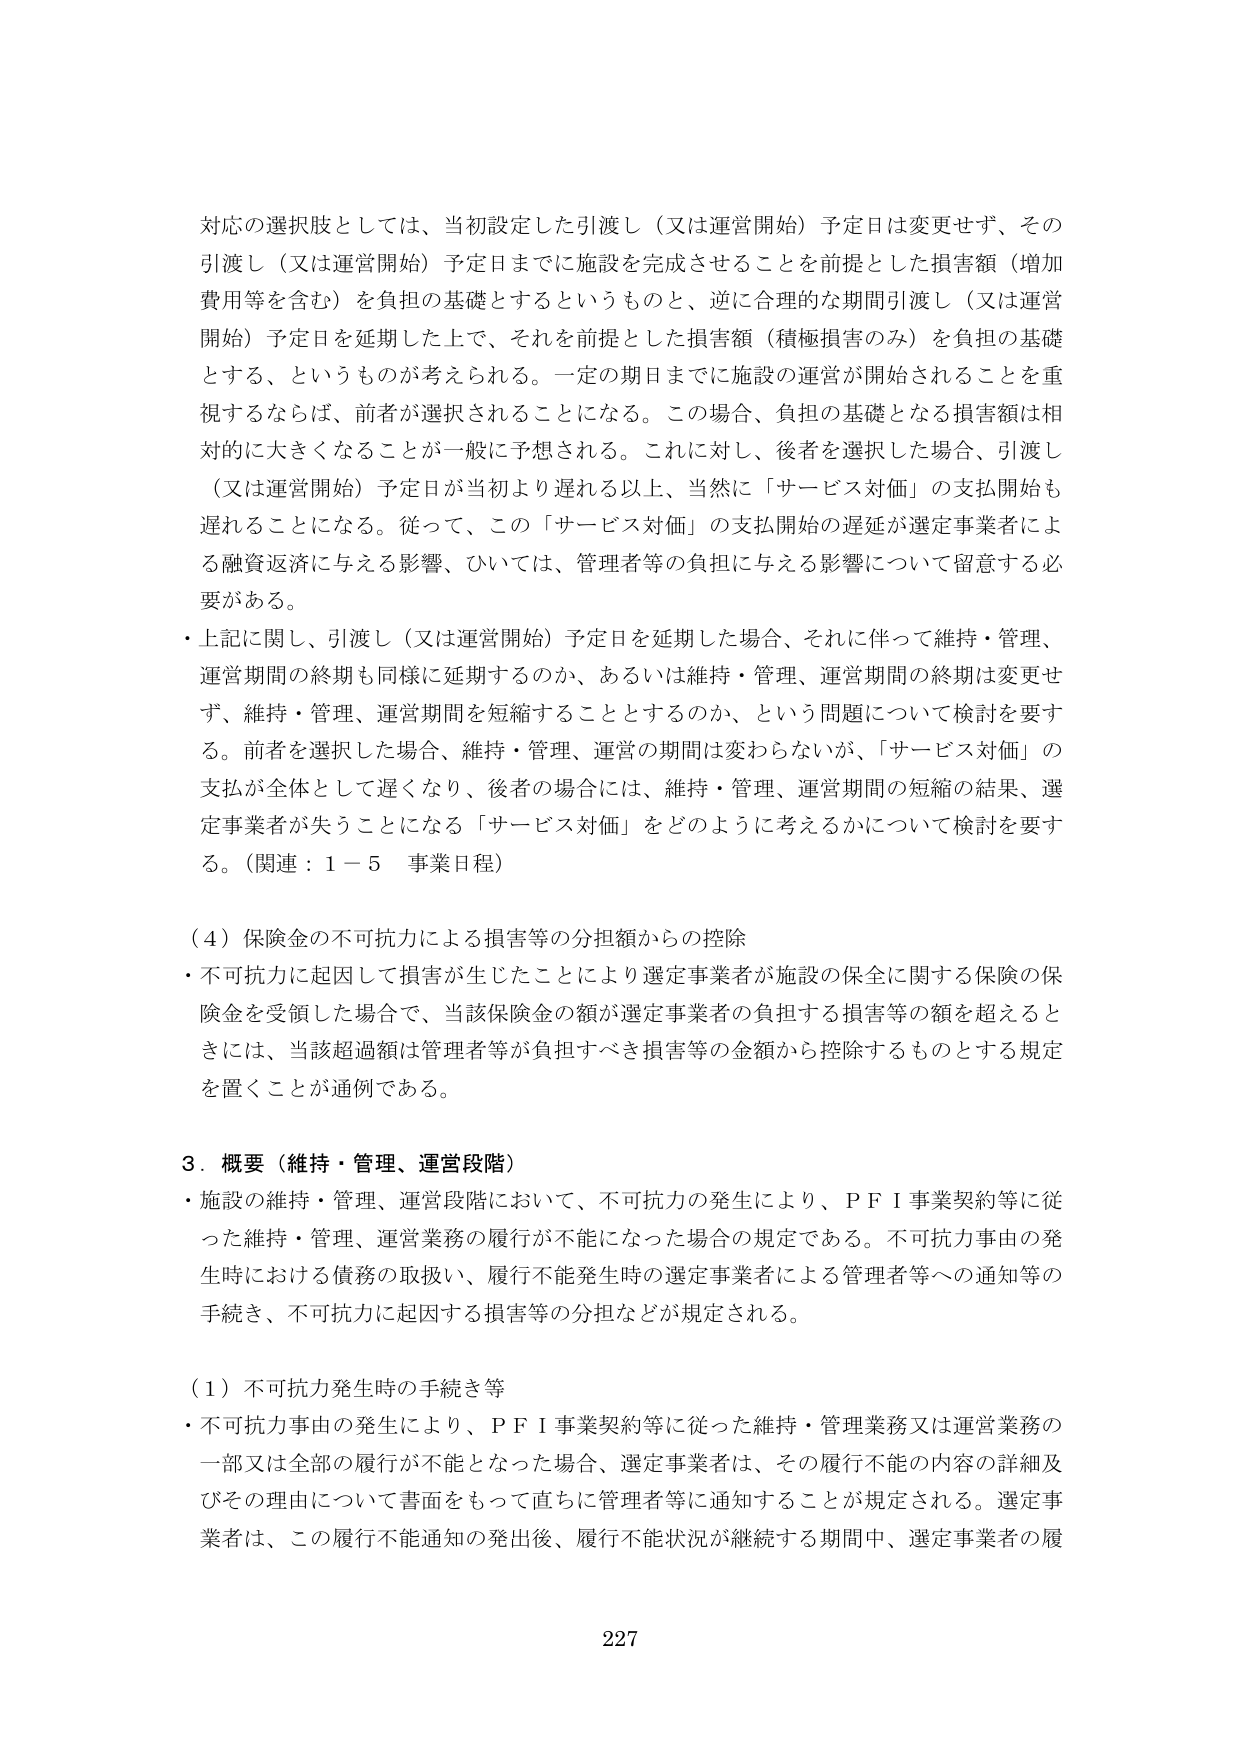
対応の選択肢としては、当初設定した引渡し（又は運営開始）予定日は変更せず、その引渡し（又は運営開始）予定日までに施設を完成させることを前提とした損害額（増加費用等を含む）を負担の基礎とするというものと、逆に合理的な期間引渡し（又は運営開始）予定日を延期した上で、それを前提とした損害額（積極損害のみ）を負担の基礎とする、というものが考えられる。一定の期日までに施設の運営が開始されることを重視するならば、前者が選択されることになる。この場合、負担の基礎となる損害額は相対的に大きくなることが一般に予想される。これに対し、後者を選択した場合、引渡し（又は運営開始）予定日が当初より遅れる以上、当然に「サービス対価」の支払開始も遅れることになる。従って、この「サービス対価」の支払開始の遅延が選定事業者による融資返済に与える影響、ひいては、管理者等の負担に与える影響について留意する必要がある。

・上記に関し、引渡し（又は運営開始）予定日を延期した場合、それに伴って維持・管理、運営期間の終期も同様に延期するのか、あるいは維持・管理、運営期間の終期は変更せず、維持・管理、運営期間を短縮することとするのか、という問題について検討を要する。前者を選択した場合、維持・管理、運営の期間は変わらないが、「サービス対価」の支払が全体として遅くなり、後者の場合には、維持・管理、運営期間の短縮の結果、選定事業者が失うことになる「サービス対価」をどのように考えるかについて検討を要する。（関連：１－５ 事業日程）

（４）保険金の不可抗力による損害等の分担額からの控除

・不可抗力に起因して損害が生じたことにより選定事業者が施設の保全に関する保険の保険金を受領した場合で、当該保険金の額が選定事業者の負担する損害等の額を超えるときには、当該超過額は管理者等が負担すべき損害等の金額から控除するものとする規定を置くことが通例である。

３．概要（維持・管理、運営段階）

・施設の維持・管理、運営段階において、不可抗力の発生により、ＰＦＩ事業契約等に従った維持・管理、運営業務の履行が不能になった場合の規定である。不可抗力事由の発生時における債務の取扱い、履行不能発生時の選定事業者による管理者等への通知等の手続き、不可抗力に起因する損害等の分担などが規定される。

（１）不可抗力発生時の手続き等

・不可抗力事由の発生により、ＰＦＩ事業契約等に従った維持・管理業務又は運営業務の一部又は全部の履行が不能となった場合、選定事業者は、その履行不能の内容の詳細及びその理由について書面をもって直ちに管理者等に通知することが規定される。選定事業者は、この履行不能通知の発出後、履行不能状況が継続する期間中、選定事業者の履

227